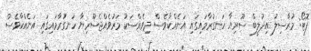
ފޮޓޯ: މުރާސިލު އިދުލީބް ސޫރިޔާ ހަނގުރާމައިގައި އަނެއްކާވެސް ދިވެއްސަކު މަރުވެއްޖެސޫރިޔާ ހަނގުރާމައިގައި އަނެއްކާވެސް